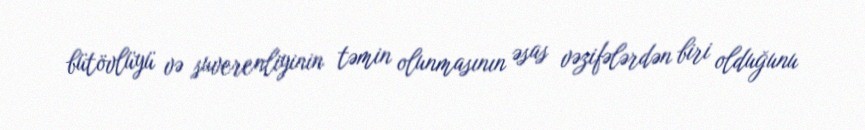
bütövlüyü və suverenliyinin təmin olunmasının əsas vəzifələrdən biri olduğunu